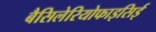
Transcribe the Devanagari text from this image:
बैसिलेरियोफाइसिई